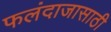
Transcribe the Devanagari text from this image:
फलंदाजासाठी